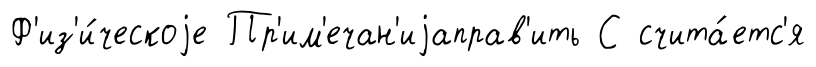
Ф'из'и́ческоjе Пр'им'ечан'иjаправ'ить С счита́етс'я